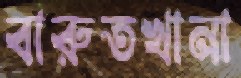
বারুতখানা